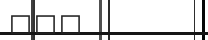
١٦٧